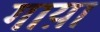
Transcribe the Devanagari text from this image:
गाय़ा